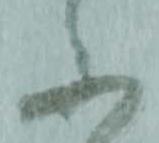
不